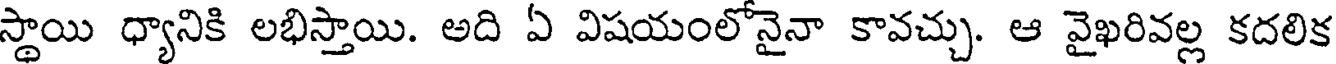
స్థాయి ధ్యానికి లభిస్తాయి. అది ఏ విషయంలోనైనా కావచ్చు. ఆ వైఖరివల్ల కదలిక